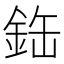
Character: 𫒘